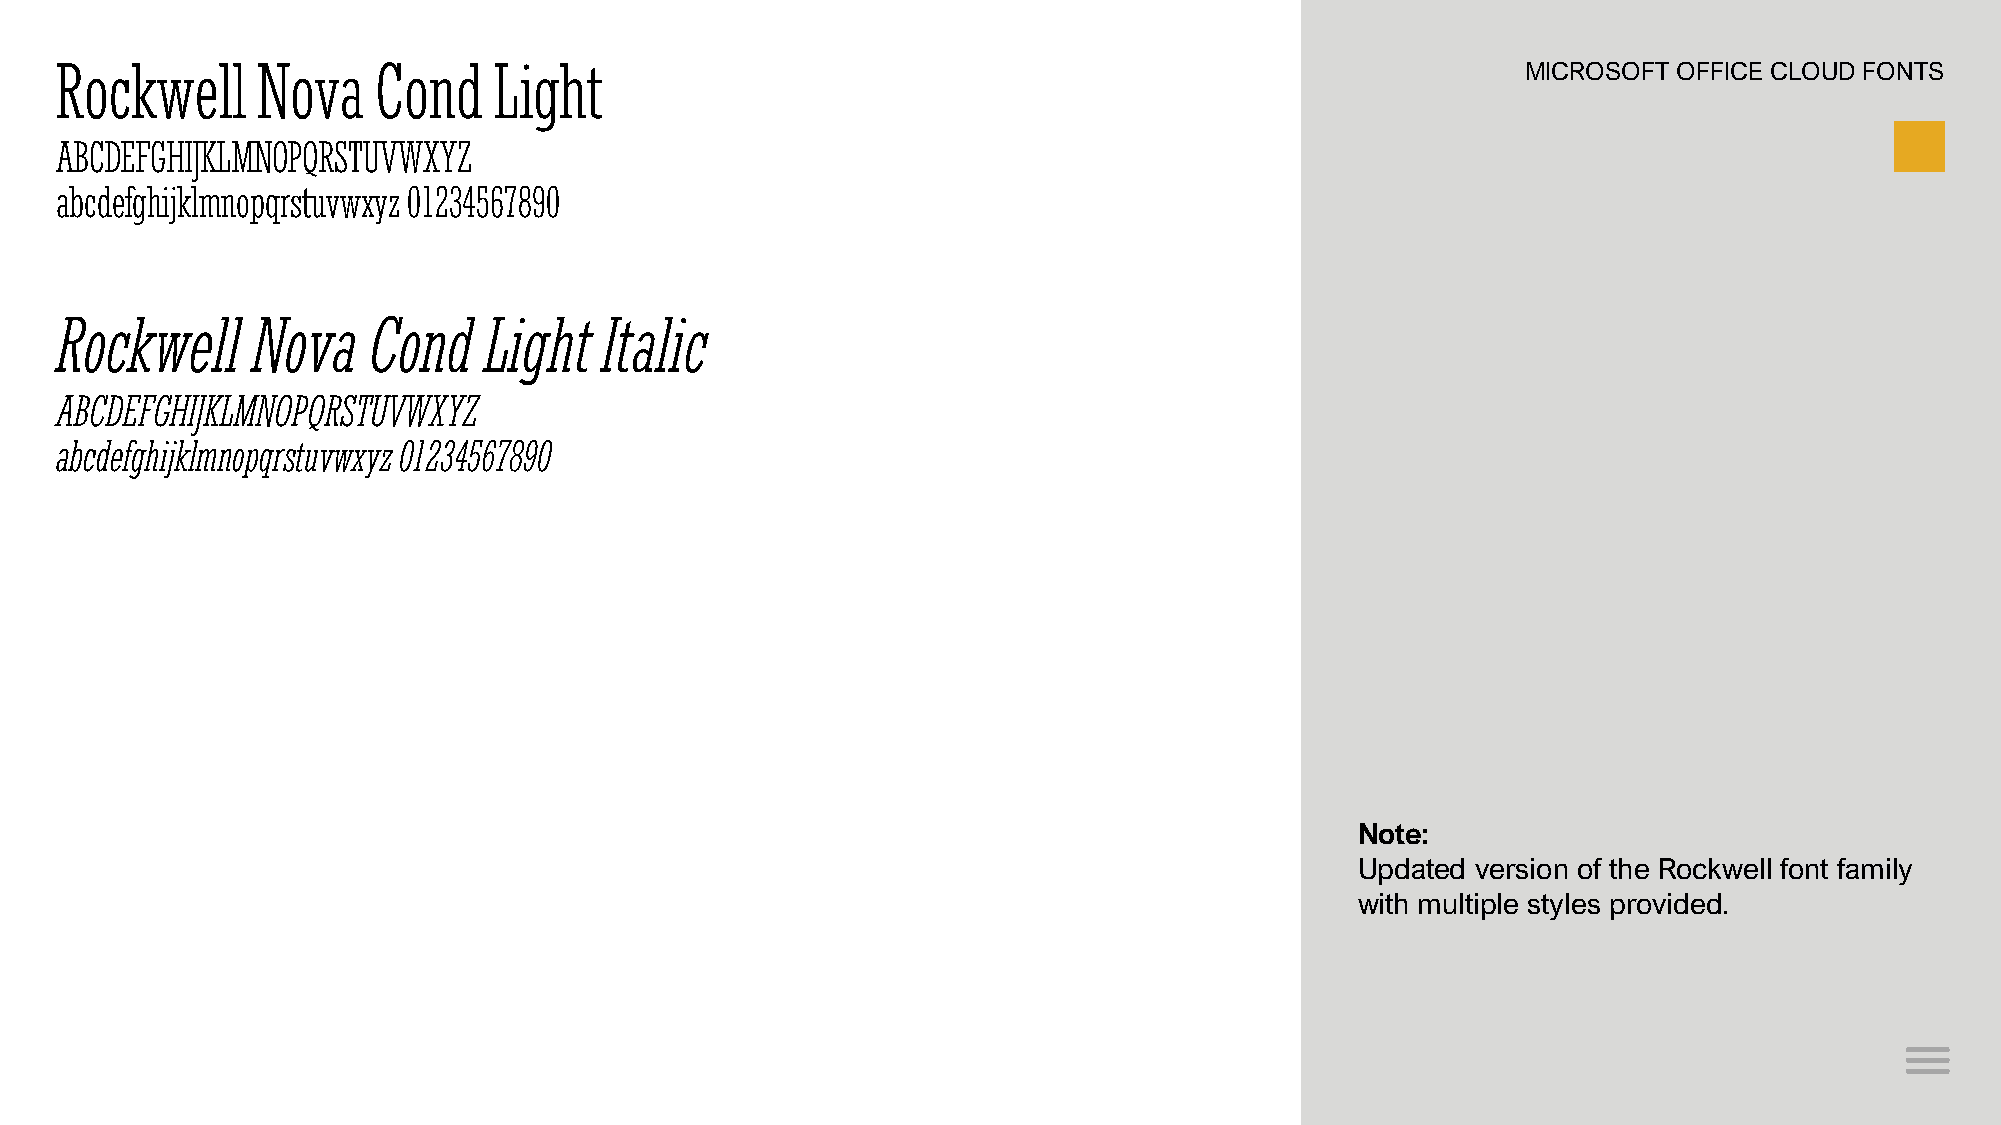
Rockwell     Nova    Cond    Light                                                               MICROSOFT OFFICE CLOUD FONTS
 ABCDEFGHIJKLMNOPQRSTUVWXYZ
 abcdefghijklmnopqrstuvwxyz 01234567890
 Rockwell     Nova   Cond    Light   Italic
 ABCDEFGHIJKLMNOPQRSTUVWXYZ
 abcdefghijklmnopqrstuvwxyz 01234567890
 Note:
 Updated version of the Rockwell font family
 with multiple styles provided.